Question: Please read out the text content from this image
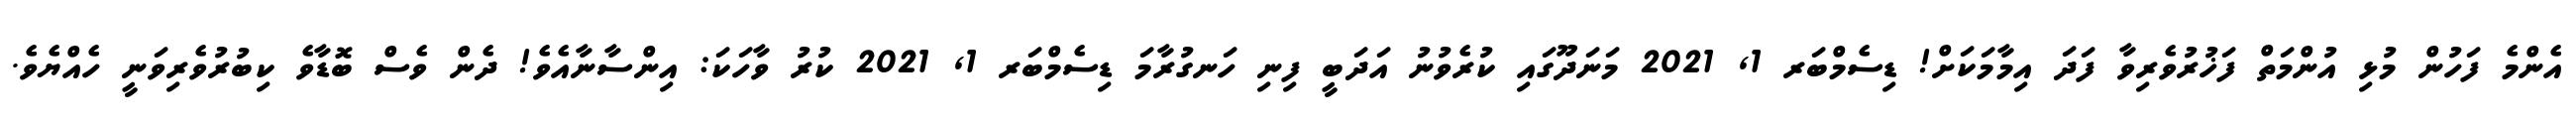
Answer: އެންމެ ފަހުން މުޅި އުންމަތް ފަޚުރުވެރިވާ ފަދަ އިމާމަކަށް! ޑިސެމްބަރ 1, 2021 މަނަދޫގައި ކުރެވުނު އަދަބީ ފިނި ހަނގުރާމަ ޑިސެމްބަރ 1, 2021 ކުރު ވާހަކަ: އިންސާނާއެވެ! ދެން ވެސް ބޮޑާވެ ކިބުރުވެރިވަނީ ހެއްޔެވެ.